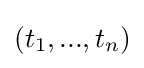
(t_{1},...,t_{n})